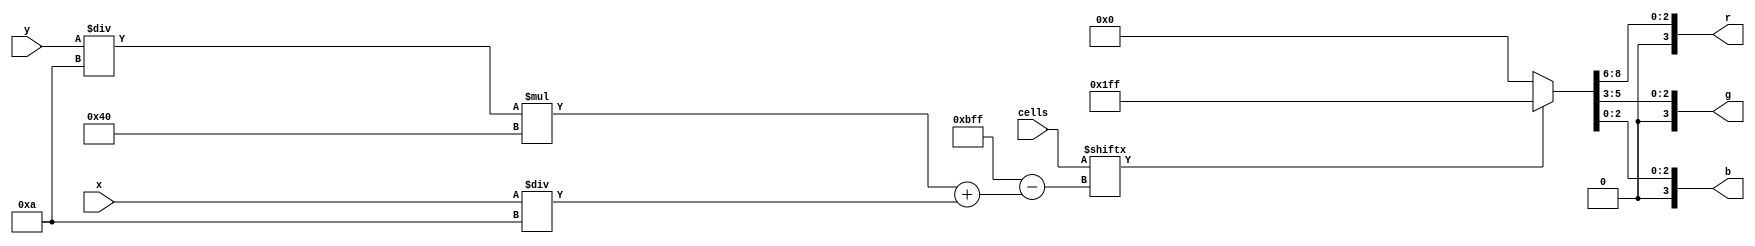
`timescale 1ns / 1ps
//////////////////////////////////////////////////////////////////////////////////
// Company: 
// Engineer: 
// 
// Design Name: 
// Module Name: display_grid
// Project Name: 
// Target Devices: 
// Tool Versions: 
// Description: Displays a cell on the grid and its color (live or dead)
// 
// Dependencies: 
// 
// Revision:
// Revision 0.01 - File Created
// Additional Comments:
// 
//////////////////////////////////////////////////////////////////////////////////

module display_grid(cells, x, y, r, g, b);
    input [0:64*48-1] cells;
    input [9:0] x, y;
    output [3:0] r;
    output [3:0] g;
    output [3:0] b; // this outptus rgb

    // x and y change at a fast rate;
    // the colour of the pixel at the current (x, y) coordinates is determined by RGB
    reg [8:0] RGB;
    always @(x or y or cells) begin
        // row = y / 10
        // column = x / 10
        // cell = (row * 64) + column

        // Find the cell index using `(y / 10) * 64 + (x / 10)`. See pseudocode above.
        if (cells[(y / 10) * 64 + (x / 10)]) begin
            // The cell that covers this (x, y) coordinate is alive, so turn on the pixel on
            RGB = 9'b111111111;
        end else begin
            // The cell that covers this (x, y) coordinate is dead, so turn on the pixel off
            RGB = 9'b000000000;
        end
    end
    assign r = RGB[8:6];
    assign g = RGB[5:3];
    assign b = RGB[2:0];

endmodule